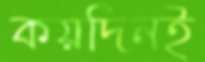
কয়দিনই